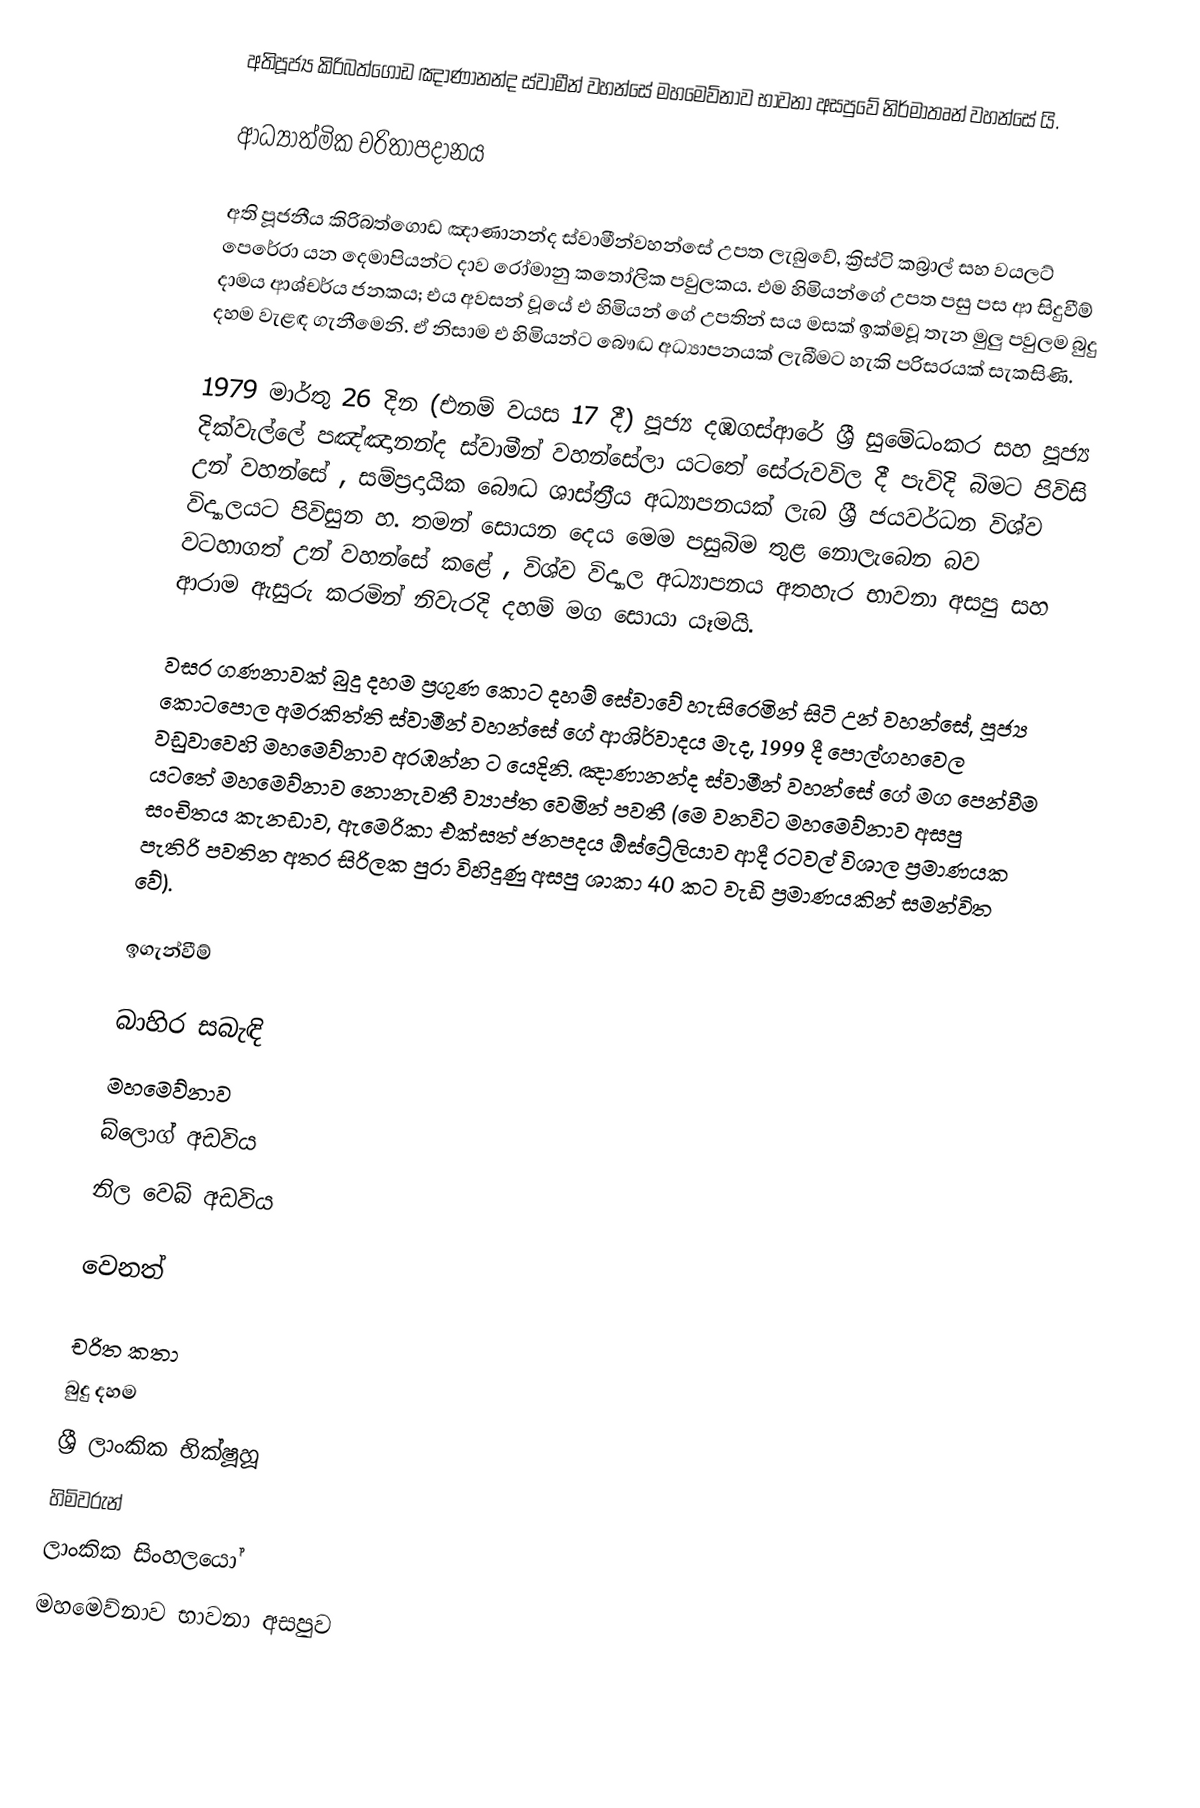
අතිපූජ්‍ය කිරිබත්ගොඩ ඤාණානන්ද ස්වාමීන් වහන්සේ මහමෙව්නාව භාවනා අසපුවේ නිර්මාතෘන් වහන්සේ යි.

ආධ්‍යාත්මික චරිතාපදානය

අති පූජනීය කිරිබත්ගොඩ ඤාණානන්ද ස්වාමීන්වහන්සේ උපත ලැබුවේ, ක්‍රිස්ටි කබ්‍රාල් සහ වයලට්‍ පෙරේරා යන දෙමාපියන්ට දාව රෝමානු කතෝලික පවුලකය. එම හිමියන්ගේ උපත පසු පස ආ සිදුවීම් දාමය ආශ්චර්ය ජනකය; එය අවසන් වූයේ එ හිමියන් ගේ උපතින් සය මසක් ඉක්මවූ තැන මුලු පවුලම බුදු දහම වැළඳ ගැනීමෙනි. ඒ නිසාම එ හිමියන්ට බෞද්‍ධ අධ්‍යාපනයක් ලැබීමට හැකි පරිසරයක් සැකසිණි.

1979 මාර්තු 26 දින (එනම් වයස 17 දී) පූජ්‍ය දඹගස්ආරේ ශ්‍රී සුමේධංකර සහ පූජ්‍ය දික්වැල්ලේ පඤ්ඤානන්ද ස්වාමීන් වහන්සේලා යටතේ සේරුවවිල දී පැවිදි බිමට පිවිසි උන් වහන්සේ , සම්ප්‍රදායික බෞද්‍ධ ශාස්ත්‍රීය අධ්‍යාපනයක් ලැබ ශ්‍රී ජයවර්ධන විශ්ව විද්‍යාලයට පිවිසුන හ. තමන් සොයන දෙය මෙම පසුබිම තුළ නොලැබෙන බව වටහාගත් උන් වහන්සේ කළේ , විශ්ව විද්‍යාල අධ්‍යාපනය අතහැර භාවනා අසපු සහ ආරාම ඇසුරු කරමින් නිවැරදි දහම් මග සොයා යෑමයි.

වසර ගණනාවක් බුදු දහම ප්‍රගුණ කොට දහම් සේවාවේ හැසිරෙමින් සිටි උන් වහන්සේ, පූජ්‍ය කොටපොල අමරකිත්ති ස්වාමීන් වහන්සේ ගේ ආශිර්වාදය මැද, 1999 දී පොල්ගහවෙල වඩුවාවෙහි මහමෙව්නාව අරඹන්න ට යෙදිනි. ඤාණානන්ද ස්වාමීන් වහන්සේ ගේ මග පෙන්වීම යටතේ මහමෙව්නාව නොනැවතී ව්‍යාප්ත වෙමින් පවතී (මෙ වනවිට මහමෙව්නාව අසපු සංචිතය කැනඩාව, ඇමෙරිකා එක්සත් ජනපදය ඕස්ට්‍රේලියාව ආදී රටවල් විශාල ප්‍රමාණයක පැතිරි පවතින අතර  සිරිලක පුරා විහිදුණු අසපු ශාකා 40 කට වැඩි ප්‍රමාණයකින් සමන්විත වේ).

ඉගැන්වීම්

බාහිර සබැඳි
මහමෙව්නාව
 බ්ලොග් අඩවිය
 නිල වෙබ් අඩවිය

වෙනත්

චරිත කතා
බුදු දහම
ශ්‍රී ලාංකික භික්ෂූහූ
හිමිවරුන්
ලාංකික සිංහලයෝ
මහමෙව්නාව භාවනා අසපුව